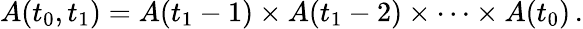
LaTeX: A(t_{0},t_{1})=A(t_{1}-1)\times A(t_{1}-2)\times\cdots\times A(t_{0})\, .